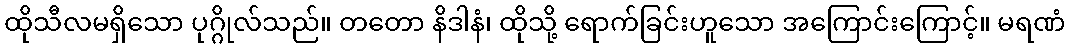
ထိုသီလမရှိသော ပုဂ္ဂိုလ်သည်။ တတော နိဒါနံ၊ ထိုသို့ ရောက်ခြင်းဟူသော အကြောင်းကြောင့်။ မရဏံ